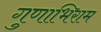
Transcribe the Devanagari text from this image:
गुणाभिराम